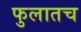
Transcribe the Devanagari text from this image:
फुलातच